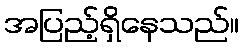
အပြည့်ရှိနေသည်။